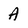
Character: A